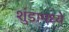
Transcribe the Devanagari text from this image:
शुंडामध्ये